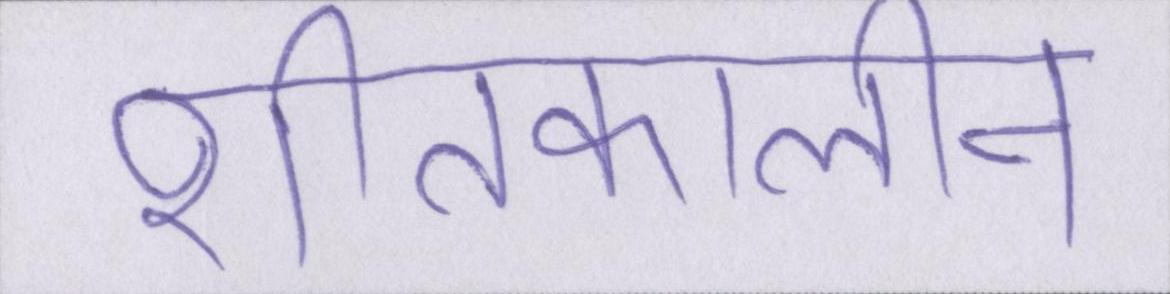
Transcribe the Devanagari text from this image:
शीतकालीन